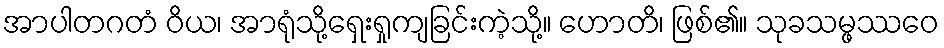
အာပါတဂတံ ဝိယ၊ အာရုံသို့ရှေးရှုကျခြင်းကဲ့သို့။ ဟောတိ၊ ဖြစ်၏။ သုခသမ္ဖဿဝေ